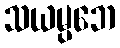
သယမ္ပဘေ